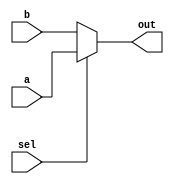
module Mux2to1 
    #(parameter n = 4)
    ( 
    input [n-1:0] a,                  
    input [n-1:0] b,                               
    input sel,              
    output [n-1:0] out
    );             
  
   assign out = (sel ? a : b);  
  
endmodule